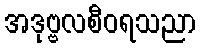
အဒုဗ္ဗလစီဝရသညာ